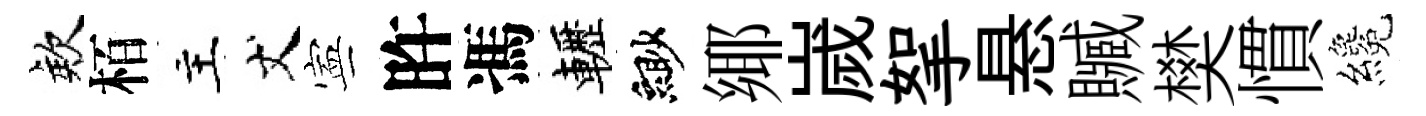
欸栢主丈寕旿馮轣緲鄊嵗挐悬贓樊慣纔